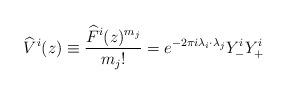
LaTeX: \begin{align*}\widehat{V}^{i}(z)\equiv \frac{\widehat{F}^{i}(z)^{m_{j}}}{m_{j}!}=e^{-2\pi i\lambda _{i}\cdot \lambda _{j}}Y^{i}_{-}Y^{i}_{+}\end{align*}